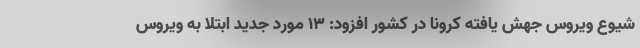
شیوع ویروس جهش یافته کرونا در کشور افزود: ۱۳ مورد جدید ابتلا به ویروس